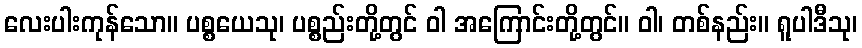
လေးပါးကုန်သော။ ပစ္စယေသု၊ ပစ္စည်းတို့တွင် ဝါ အကြောင်းတို့တွင်။ ဝါ၊ တစ်နည်း။ ရူပါဒီသု၊